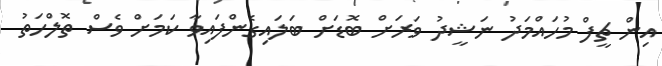
އިން ޗީފް މުހައްމަދު ނަޝީދު ވަރަށް ބޮޑަށް ބަލައިގެންފައިވާ ކަމަށް ވެސް ތޮލްހަތު